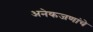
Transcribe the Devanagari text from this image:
अनेकजणांचे